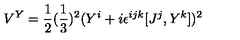
V ^ { Y } = { \frac { 1 } { 2 } } ( { \frac { 1 } { 3 } } ) ^ { 2 } ( Y ^ { i } + i \epsilon ^ { i j k } [ J ^ { j } , Y ^ { k } ] ) ^ { 2 }